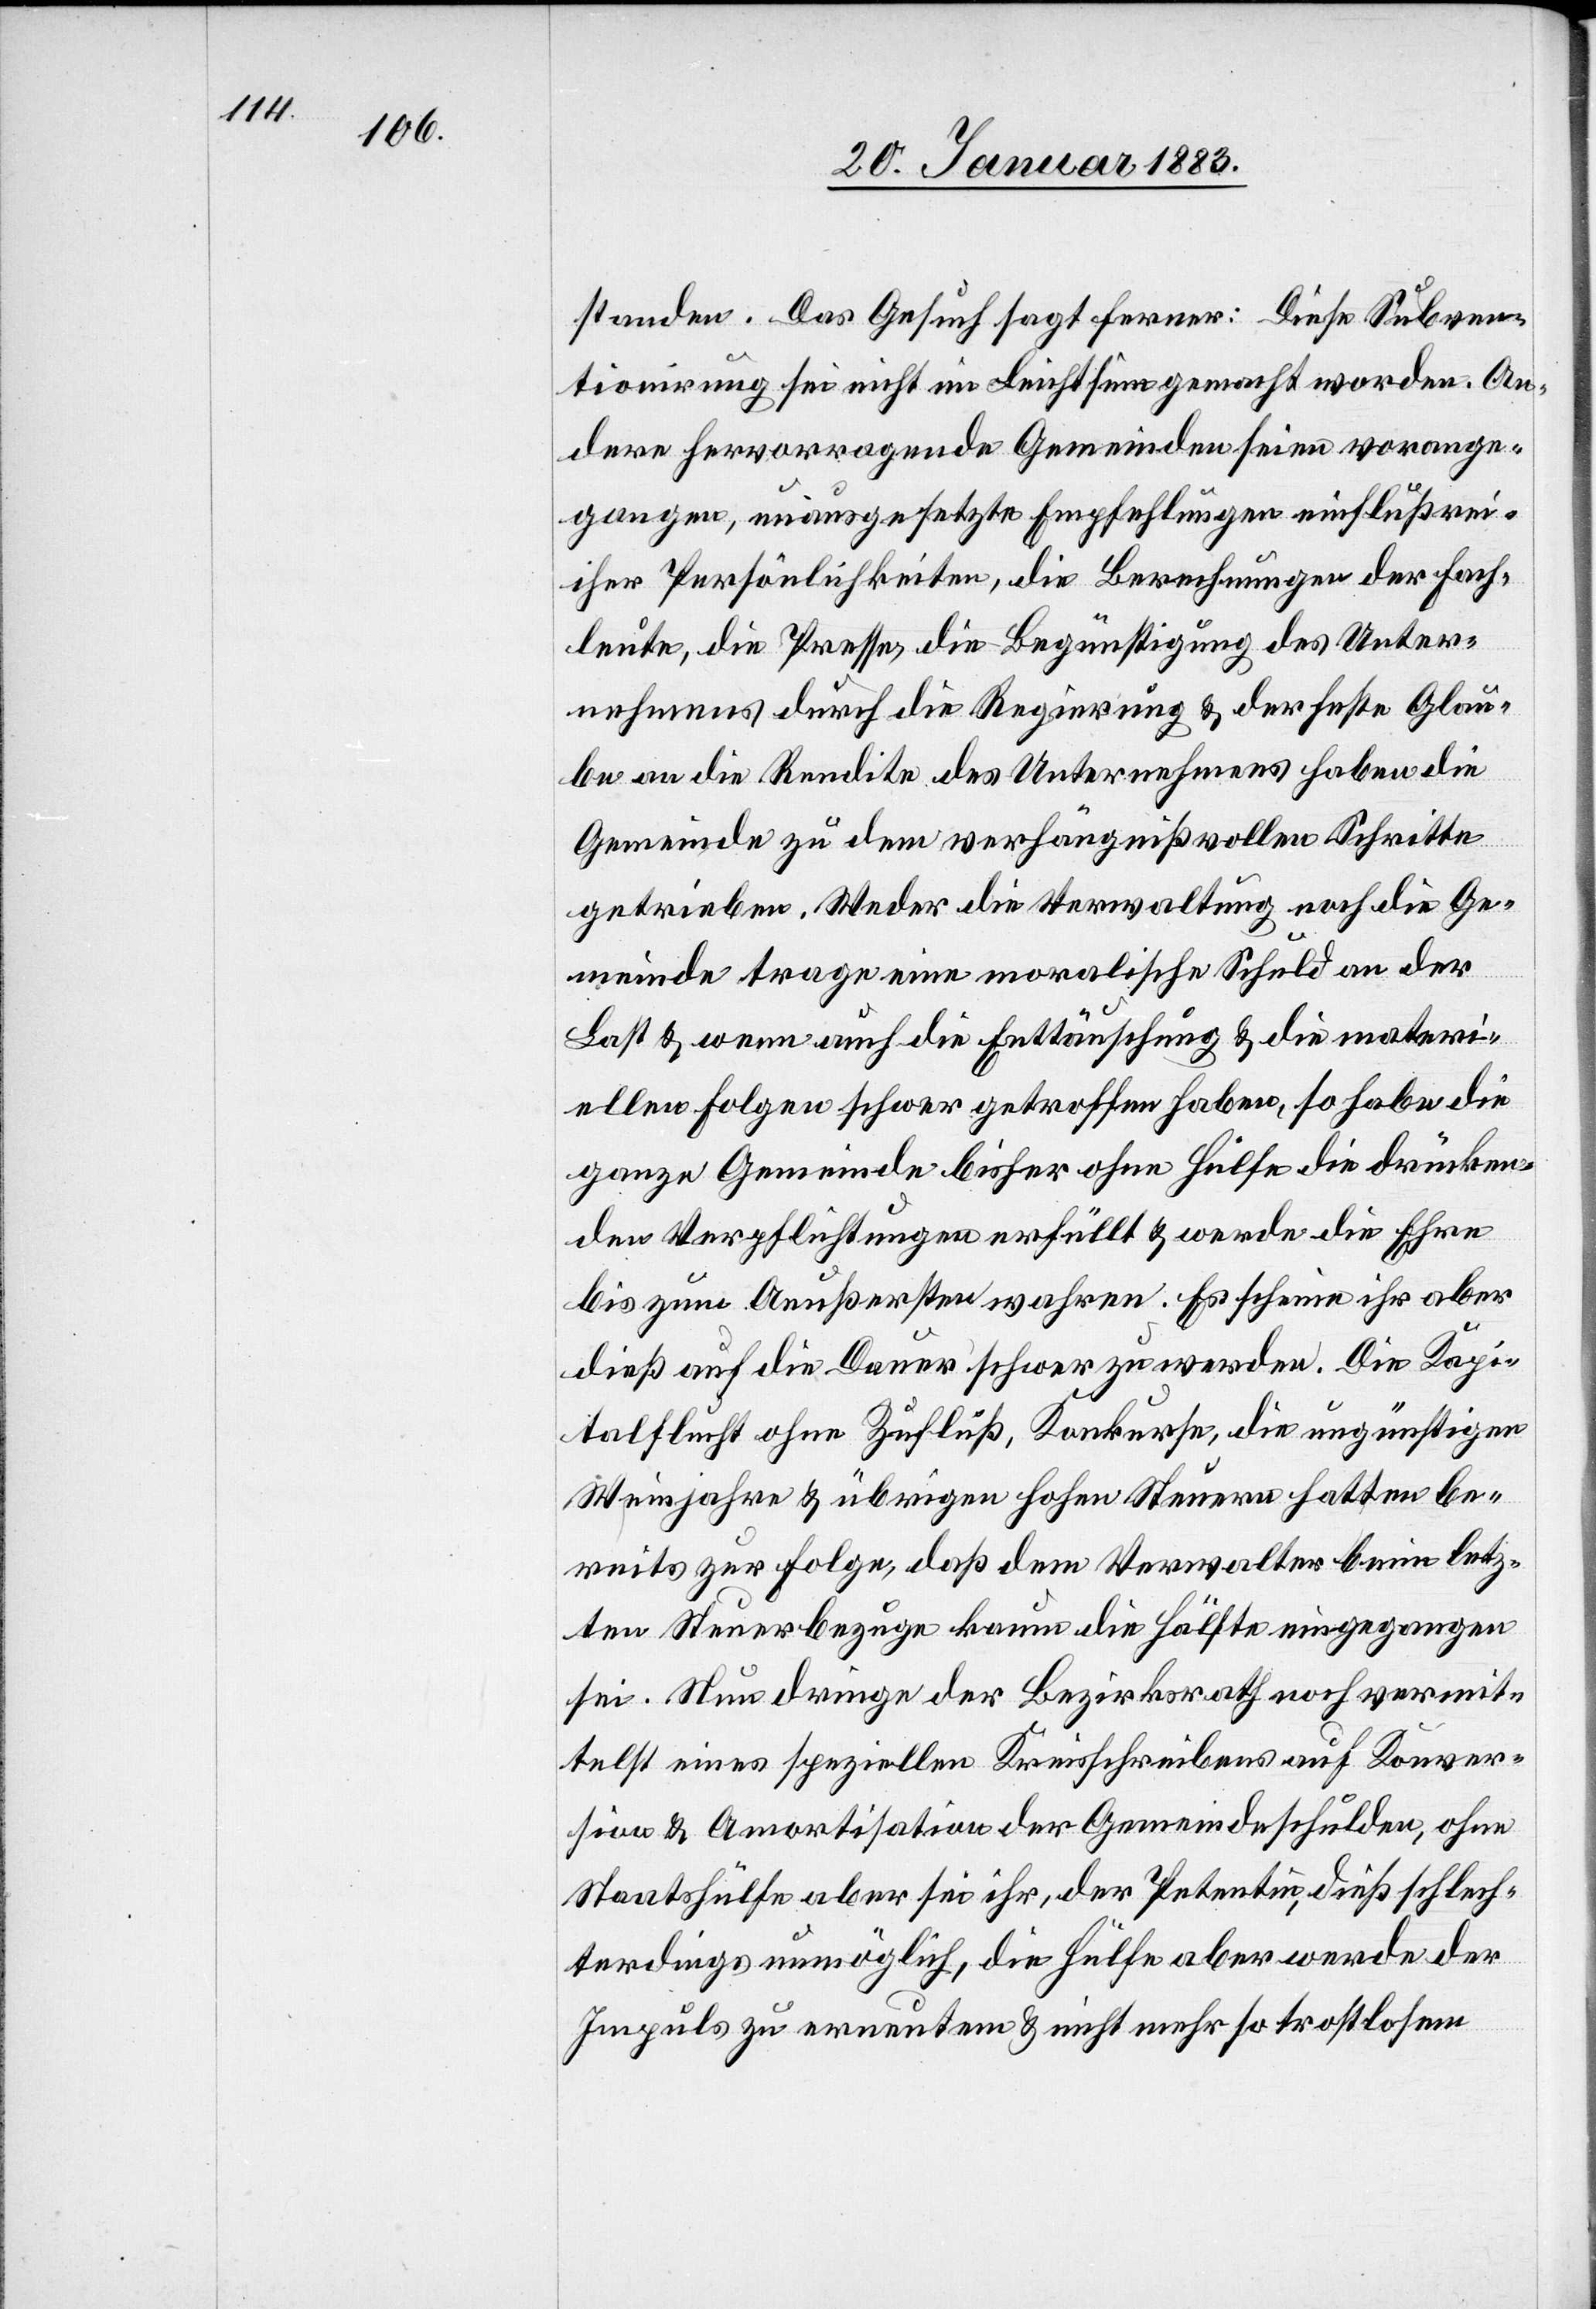
standen. Das Gesuch sagt ferner: Diese Subven¬
tionirung sei nicht im Leichtsinn gemacht worden. An¬
dere hervorragende Gemeinden seien vorange¬
gangen, unausgesetzte Empfehlungen einflußrei¬
cher Persönlichkeiten, die Berechnungen der Fach¬
leute, die Presse, die Begünstigung des Unter¬
nehmens durch die Regierung & der feste Glau¬
ben an die Rendite des Unternehmens haben die
Gemeinde zu dem verhängnißvollen Schritte
getrieben. Weder die Verwaltung noch die Ge¬
meinde trage eine moralische Schuld an der
Last & wenn auch die Enttäuschung & die materi¬
ellen Folgen schwer getroffen haben, so habe die
ganze Gemeinde bisher ohne Hülfe die drücken¬
den Verpflichtungen erfüllt & werde die Ehre
bis zum Aeußersten wahren. Es scheine ihr aber
dieß auf die Dauer schwer zu werden. Die Kapi¬
talflucht ohne Zufluß, Konkurse, die ungünstigen
Weinjahre & übrigen hohen Steuern hatten be¬
reits zur Folge, daß dem Verwalter beim letz¬
ten Steuerbezuge kaum die Hälfte eingegangen
sei. Nun dringe der Bezirksrath noch vermit¬
telst eines speziellen Kreisschreibens auf Konver¬
sion & Amortisation der Gemeindeschulden, ohne
Staatshülfe aber sei ihr, der Petentin, dieß schlech¬
terdings unmöglich, die Hülfe aber werde der
Impuls zu erneutem & nicht mehr so trostlosem